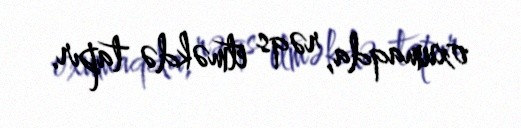
oxumaqda, rəqs etməkdə tapır.